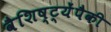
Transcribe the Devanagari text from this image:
वैशिष्ट्येंपैकी